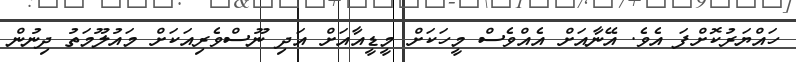
ހައްޔަރުކޮށްފަ އެވެ. އޭނާއަށް އެއްވެސް މީހަކަށް މީޑީއާއަށް އަދި ނޫސްވެރިއަކަށް މައުލޫމަތު ދިނުން